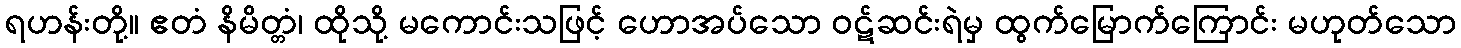
ရဟန်းတို့။ ဧတံ နိမိတ္တံ၊ ထိုသို့ မကောင်းသဖြင့် ဟောအပ်သော ဝဋ်ဆင်းရဲမှ ထွက်မြောက်ကြောင်း မဟုတ်သော